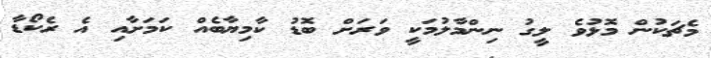
މެޗަކުން މޮޅުވެ ލީގު ނިންމާލުމަކީ ވަރަށް ބޮޑު ކާމިޔާބެއް ކަމަށާއި އެ ރެކޯޑާ